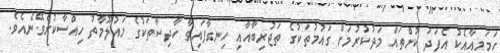
ހަމަމިއާއެކު އެފަދަ ކުށްތައް މަދުކުރުމަށް ގައުމުތަކުގެ ތަޖުރިބާއާއި ހިނގާފައިވާ ހާދިސާތަކުގެ މައުލޫމާތު ހިއްސާކުރެވޭނެއެވެ.